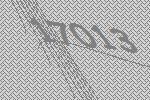
17013